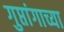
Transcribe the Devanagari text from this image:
गुप्तांगाच्या